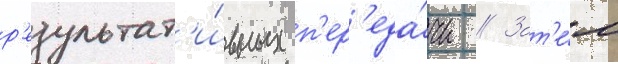
р'езультат'и́вных п'ер'еда́чи // Зат'е́м